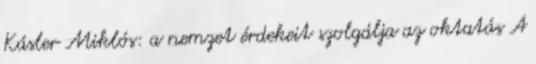
Kásler Miklós: a nemzet érdekeit szolgálja az oktatás A